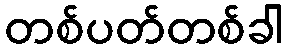
တစ်ပတ်တစ်ခါ